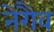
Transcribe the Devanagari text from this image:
नेगैव